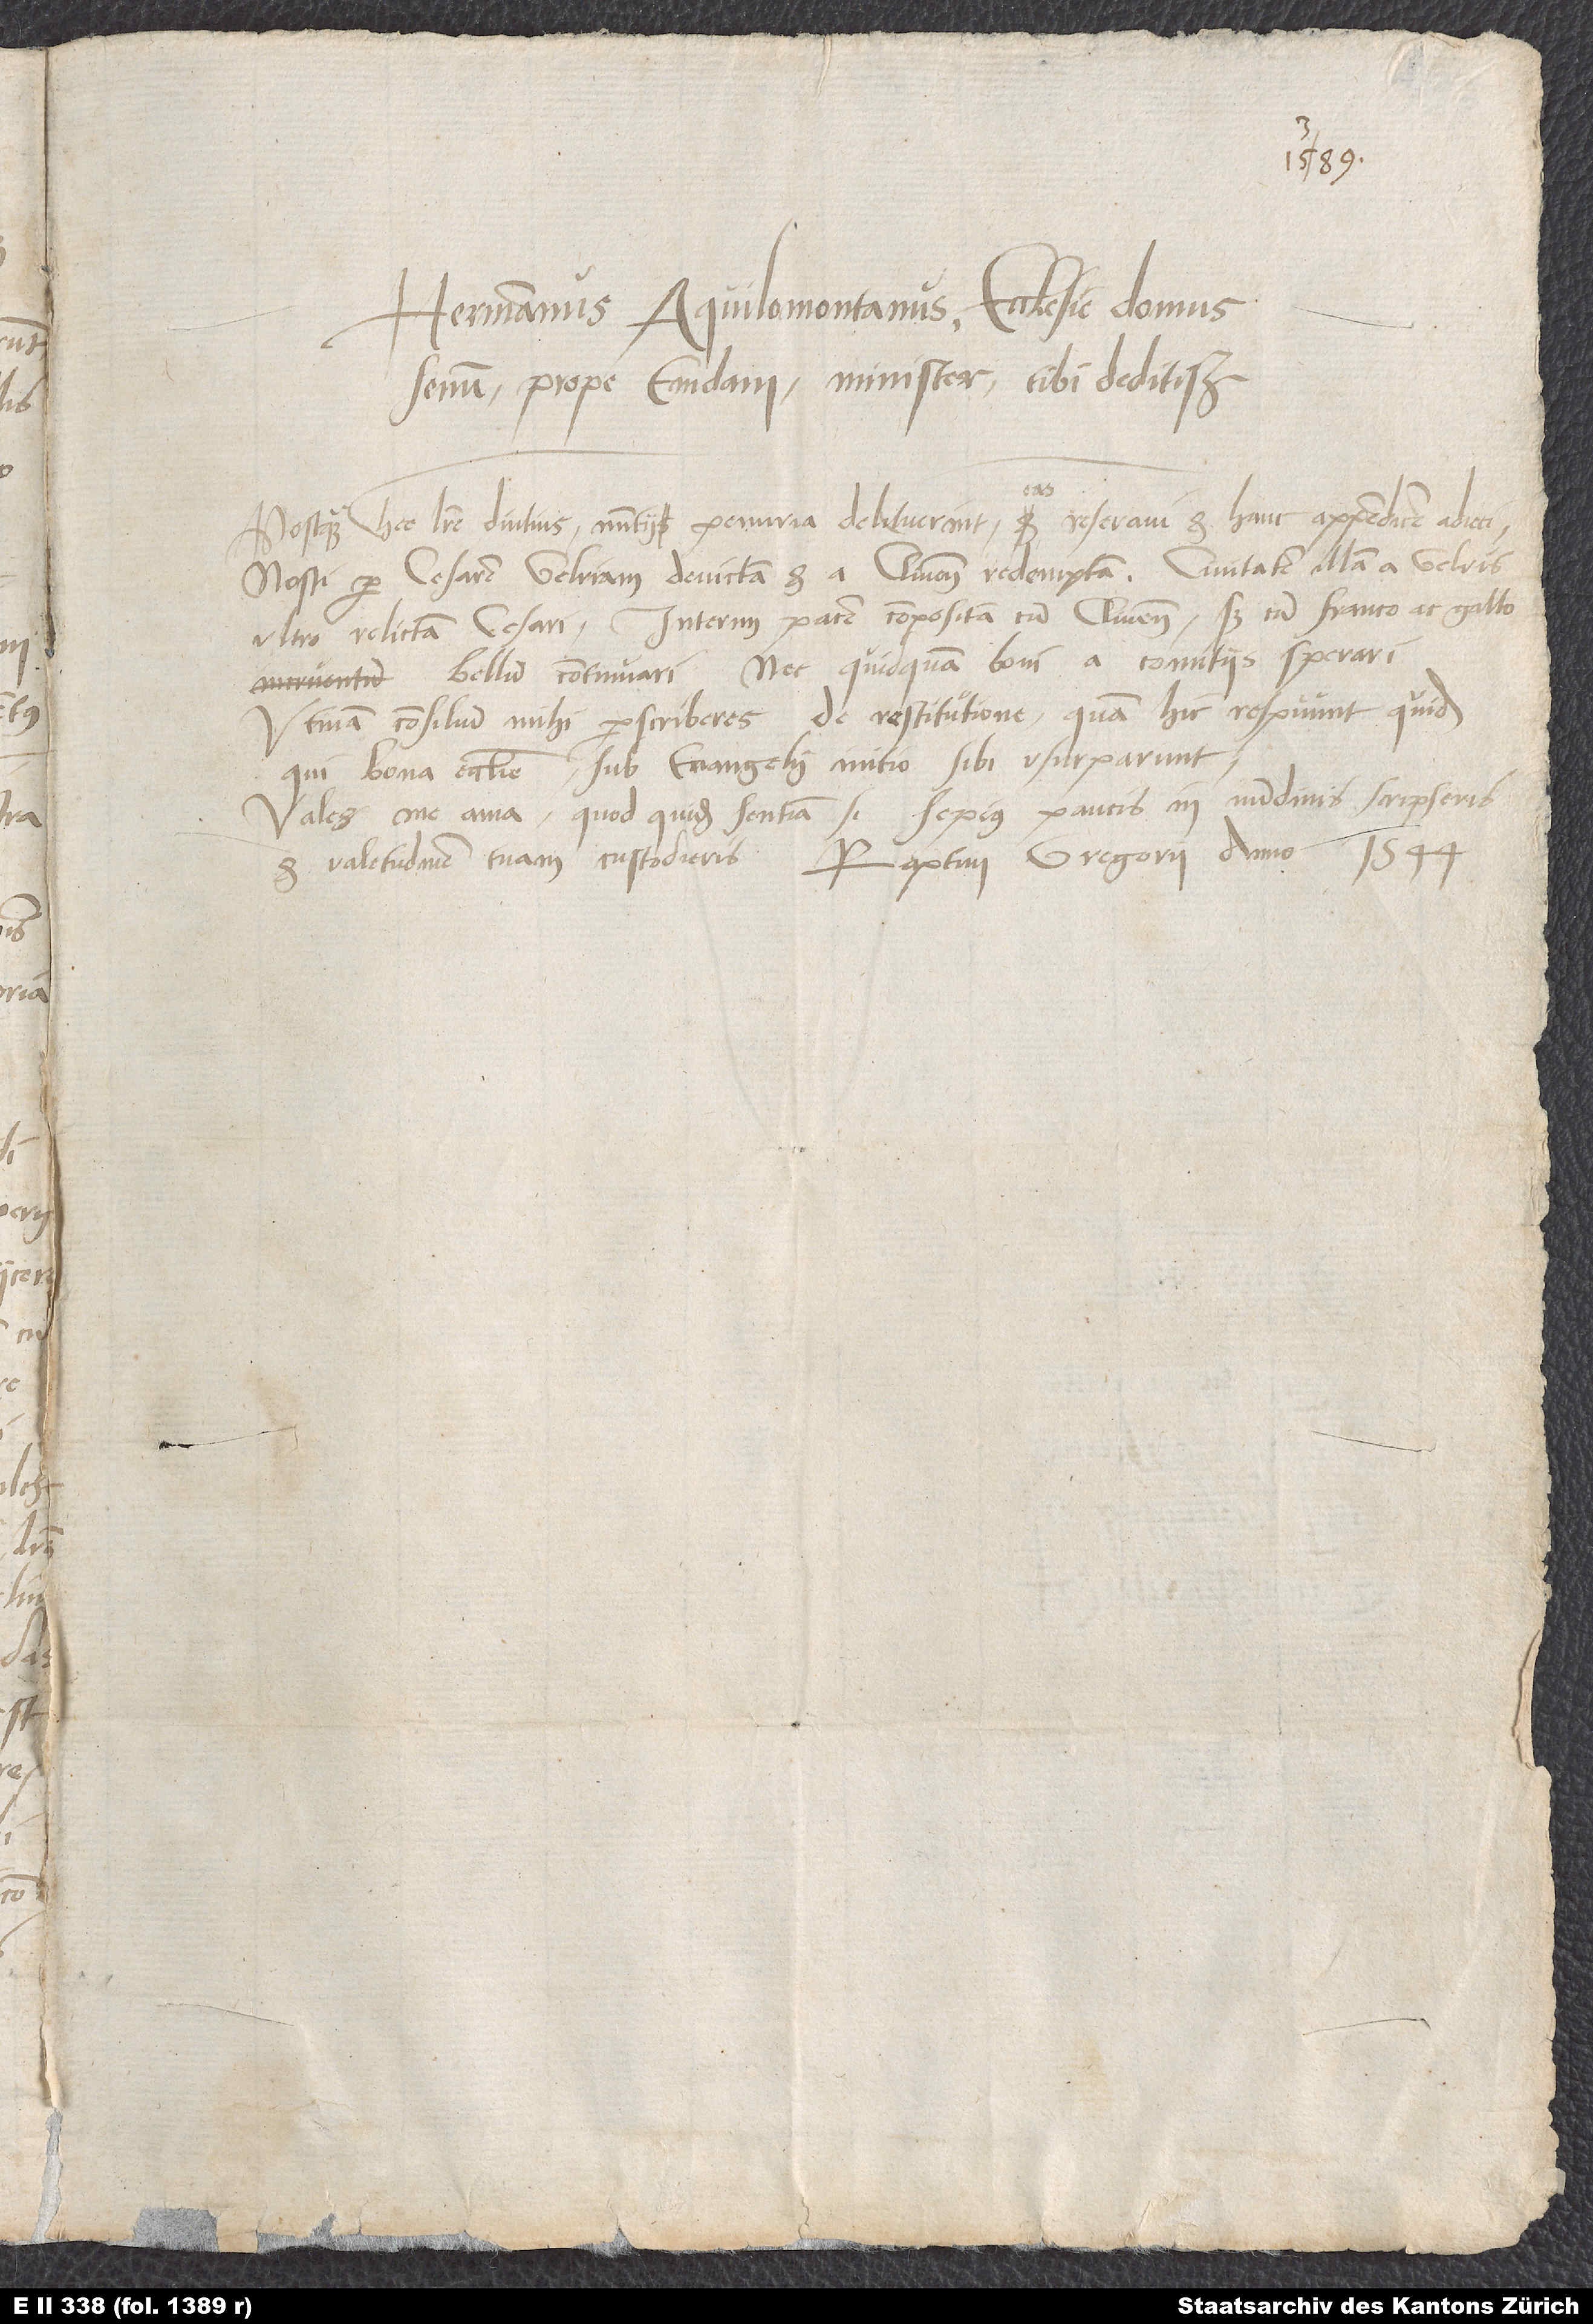
Postquam hee litere diutius nuntii penuria delituerant, eas reseravi et hanc appendicem adieci.
Nosti per cesarem Gelriam devictam et a Clivensi redemptam, civitatem illam a Gelris
ultro relictam cesari, interim pacem compositam cum Clivensi, sed cum Franco ac Gallo
bellum continuari nec quicquam boni a comitiis sperari.
Utinam consilium mihi perscriberes de restitutione, quam hic respuunt quidem,
qui bona ecclesie sub evangelii initio sibi usurparunt!
Vale, me ama, quod quidem sentiam, si sepius paucis in nundinis scripseris
et valetudinem tuam custodieris. Raptim, Gregorii anno 1544.